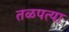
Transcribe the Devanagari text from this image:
तळपत्या